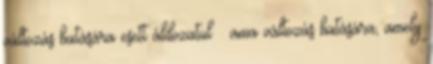
változás hatására esett áldozatul – ama változás hatására, amely